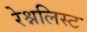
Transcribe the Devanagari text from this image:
रेश्नलिस्ट